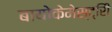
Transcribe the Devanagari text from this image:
बायोकेमेस्ट्रिी